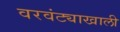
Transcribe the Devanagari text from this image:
वरवंट्याखाली